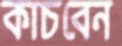
কাচবেন